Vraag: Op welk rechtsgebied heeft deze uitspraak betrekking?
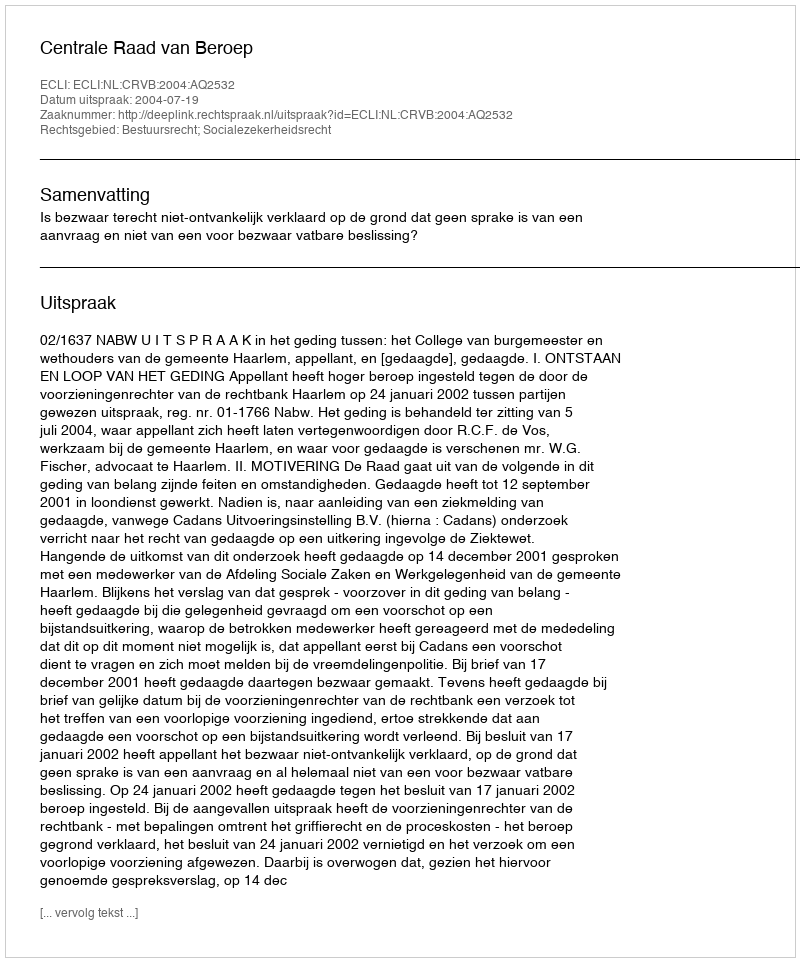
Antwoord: Bestuursrecht; Socialezekerheidsrecht